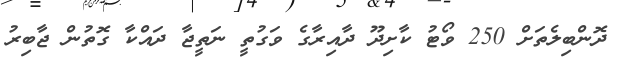
ދޮންބިލެތަށް 250 ވޯޓު ކާށިދޫ ދާއިރާގެ ވަގުތީ ނަތީޖާ ދައްކާ ގޮތުން ޖާބިރު